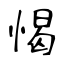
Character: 愒